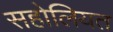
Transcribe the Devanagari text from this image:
सहोलियत